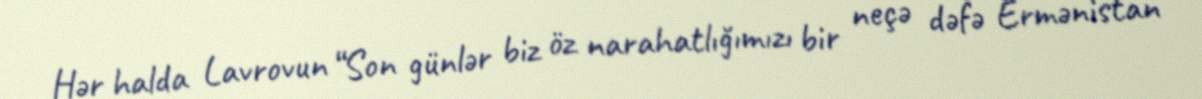
Hər halda Lavrovun “Son günlər biz öz narahatlığımızı bir neçə dəfə Ermənistan